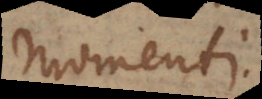
momenti.